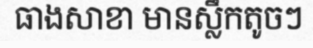
ធាងសាខា មានស្លឹកតូចៗ